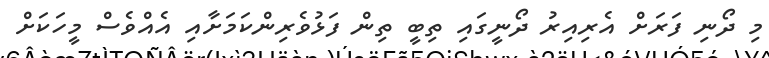
މި ދޯނި ފަރަށް އެރިއިރު ދޯނީގައި ތިބީ ތިން ފަޅުވެރިންކަމަށާއި އެއްވެސް މީހަކަށް